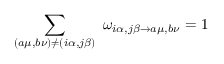
\sum _ { ( a \mu , b \nu ) \neq ( i \alpha , j \beta ) } \ \omega _ { i \alpha , j \beta \rightarrow a \mu , b \nu } = 1